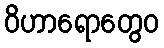
ဝိဟာရောတွေဝ